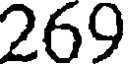
269